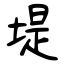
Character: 堤